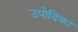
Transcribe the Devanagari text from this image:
उपोदिका